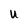
Character: U